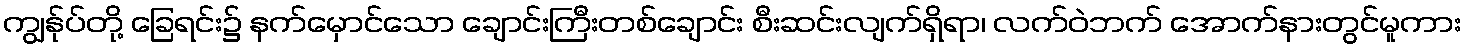
ကျွန်ုပ်တို့ ခြေရင်း၌ နက်မှောင်သော ချောင်းကြီးတစ်ချောင်း စီးဆင်းလျက်ရှိရာ၊ လက်ဝဲဘက် အောက်နားတွင်မူကား